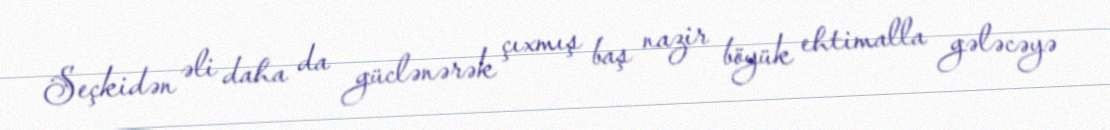
Seçkidən əli daha da güclənərək çıxmış baş nazir böyük ehtimalla gələcəyə